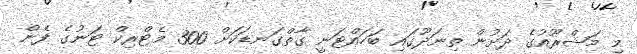
މި މަޝްރޫއުގެ ދަށުން ތިނަދޫގައި ބަހައްޓަނީ ގާތްގަނޑަކަށް 300 މެޓްރިކް ޓަނުގެ ފެން